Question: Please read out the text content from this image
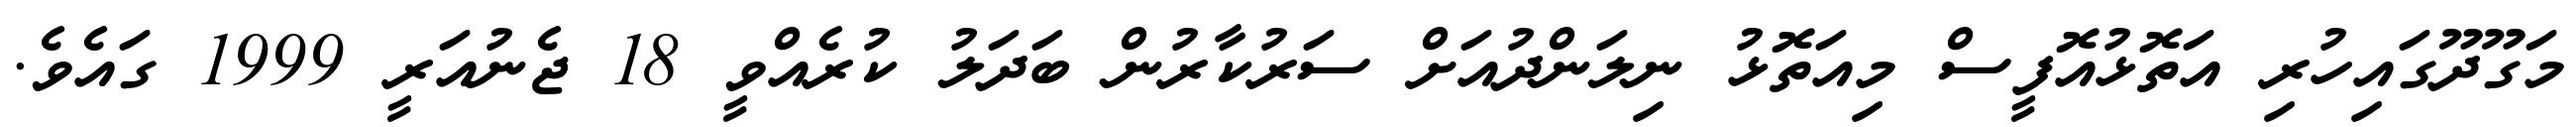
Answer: މަގޫދޫގައިހުރި އަތޮޅުއޮފީސް މިއަތޮޅު ނިލަންދުއަށް ސަރުކާރުން ބަދަލު ކުރެއްވީ 18 ޖެނުއަރީ 1999 ގައެވެ.